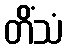
တိံသံ